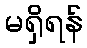
မရှိရန်